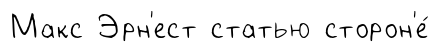
Макс Эрн'ест статью сторон'е́